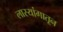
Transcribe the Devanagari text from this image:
लास्यांगातून